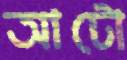
আটো